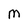
Character: M